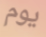
يوم